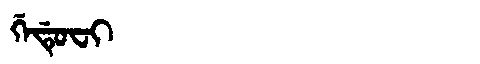
Manchu: ᡤᡝᡩᡠᠸᡳ
Romanization: GEDUFI